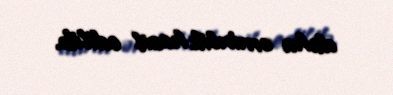
daha əminlik hasil edilib.